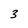
Character: 3